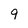
Character: 9